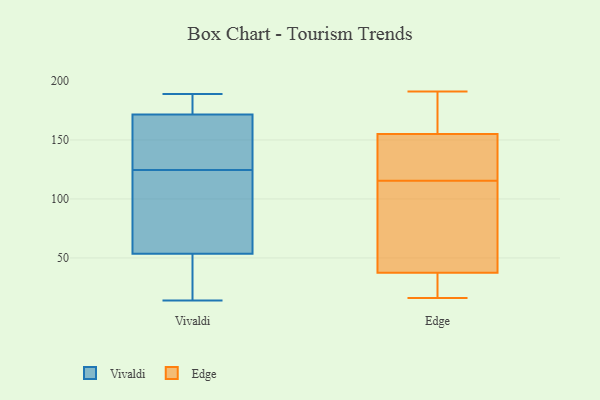
{"axis": {"x": "Energy Usage (MWh)", "y": "Value"}, "legend": ["Edge", "Vivaldi"], "data": [{"x": "", "y": 59, "type": "Vivaldi"}, {"x": "", "y": 145, "type": "Vivaldi"}, {"x": "", "y": 104, "type": "Vivaldi"}, {"x": "", "y": 16, "type": "Vivaldi"}, {"x": "", "y": 183, "type": "Vivaldi"}, {"x": "", "y": 185, "type": "Vivaldi"}, {"x": "", "y": 130, "type": "Vivaldi"}, {"x": "", "y": 189, "type": "Vivaldi"}, {"x": "", "y": 147, "type": "Vivaldi"}, {"x": "", "y": 119, "type": "Vivaldi"}, {"x": "", "y": 78, "type": "Vivaldi"}, {"x": "", "y": 27, "type": "Vivaldi"}, {"x": "", "y": 28, "type": "Vivaldi"}, {"x": "", "y": 48, "type": "Vivaldi"}, {"x": "", "y": 146, "type": "Vivaldi"}, {"x": "", "y": 189, "type": "Vivaldi"}, {"x": "", "y": 160, "type": "Vivaldi"}, {"x": "", "y": 14, "type": "Vivaldi"}, {"x": "", "y": 103, "type": "Vivaldi"}, {"x": "", "y": 185, "type": "Vivaldi"}, {"x": "", "y": 191, "type": "Edge"}, {"x": "", "y": 61, "type": "Edge"}, {"x": "", "y": 16, "type": "Edge"}, {"x": "", "y": 20, "type": "Edge"}, {"x": "", "y": 24, "type": "Edge"}, {"x": "", "y": 172, "type": "Edge"}, {"x": "", "y": 110, "type": "Edge"}, {"x": "", "y": 148, "type": "Edge"}, {"x": "", "y": 140, "type": "Edge"}, {"x": "", "y": 121, "type": "Edge"}, {"x": "", "y": 162, "type": "Edge"}, {"x": "", "y": 51, "type": "Edge"}]}